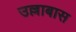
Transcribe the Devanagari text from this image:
उल्लाबास